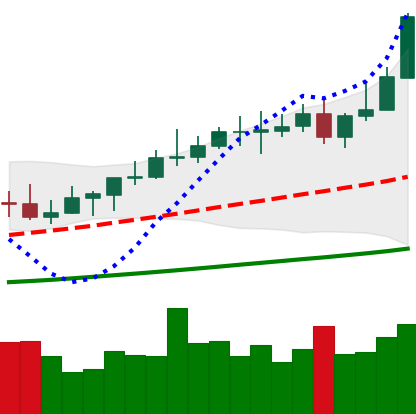
Ticker: XMR-USD
Chart end date: 2021-04-11
Forward return: 4.406%
Label: up_3_5